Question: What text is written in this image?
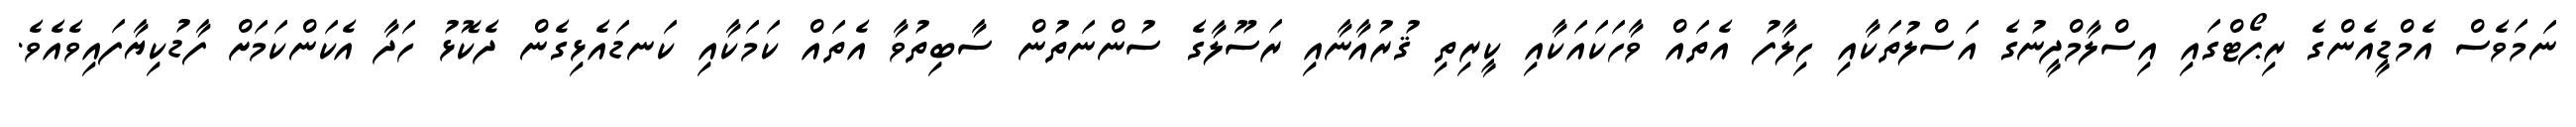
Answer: ނަމަވެސް އެމްޑީއެންގެ ރިޕޯޓްގައި އިސްލާމްދީނުގެ އަސްލުތަކާއި ހިލާފު އެތައް ވާހަކައަކާއި ކީރިތި ޤުރުއާނާއި ރަސޫލާގެ ސުންނަތުން ސާބިތުވާ އެތައް ކަމަކާއި ކަނޑައެޅިގެން ދެކޮޅު ހަދާ އެކަންކަމަށް ފާޑުކިޔާފައިވެއެވެ.